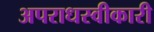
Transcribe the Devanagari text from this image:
अपराधस्वीकारी